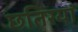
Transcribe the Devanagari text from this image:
छतिरयां